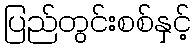
ပြည်တွင်းစစ်နှင့်